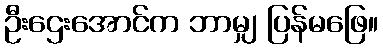
ဦးဌေးအောင်က ဘာမျှ ပြန်မဖြေ။